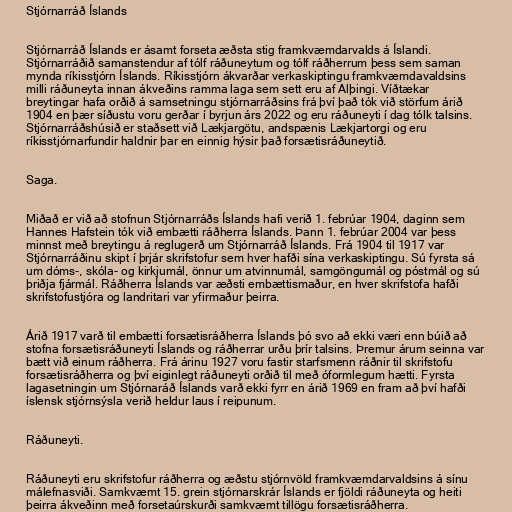
Stjórnarráð Íslands

Stjórnarráð Íslands er ásamt forseta æðsta stig framkvæmdarvalds á Íslandi.
Stjórnarráðið samanstendur af tólf ráðuneytum og tólf ráðherrum þess sem saman
mynda ríkisstjórn Íslands. Ríkisstjórn ákvarðar verkaskiptingu framkvæmdavaldsins
milli ráðuneyta innan ákveðins ramma laga sem sett eru af Alþingi. Víðtækar
breytingar hafa orðið á samsetningu stjórnarráðsins frá því það tók við störfum árið
1904 en þær síðustu voru gerðar í byrjun árs 2022 og eru ráðuneyti í dag tólk talsins.
Stjórnarráðshúsið er staðsett við Lækjargötu, andspænis Lækjartorgi og eru
ríkisstjórnarfundir haldnir þar en einnig hýsir það forsætisráðuneytið.

Saga.

Miðað er við að stofnun Stjórnarráðs Íslands hafi verið 1. febrúar 1904, daginn sem
Hannes Hafstein tók við embætti ráðherra Íslands. Þann 1. febrúar 2004 var þess
minnst með breytingu á reglugerð um Stjórnarráð Íslands. Frá 1904 til 1917 var
Stjórnarráðinu skipt í þrjár skrifstofur sem hver hafði sína verkaskiptingu. Sú fyrsta sá
um dóms-, skóla- og kirkjumál, önnur um atvinnumál, samgöngumál og póstmál og sú
þriðja fjármál. Ráðherra Íslands var æðsti embættismaður, en hver skrifstofa hafði
skrifstofustjóra og landritari var yfirmaður þeirra.

Árið 1917 varð til embætti forsætisráðherra Íslands þó svo að ekki væri enn búið að
stofna forsætisráðuneyti Íslands og ráðherrar urðu þrír talsins. Þremur árum seinna var
bætt við einum ráðherra. Frá árinu 1927 voru fastir starfsmenn ráðnir til skrifstofu
forsætisráðherra og því eiginlegt ráðuneyti orðið til með óformlegum hætti. Fyrsta
lagasetningin um Stjórnaráð Íslands varð ekki fyrr en árið 1969 en fram að því hafði
íslensk stjórnsýsla verið heldur laus í reipunum.

Ráðuneyti.

Ráðuneyti eru skrifstofur ráðherra og æðstu stjórnvöld framkvæmdarvaldsins á sínu
málefnasviði. Samkvæmt 15. grein stjórnarskrár Íslands er fjöldi ráðuneyta og heiti
þeirra ákveðinn með forsetaúrskurði samkvæmt tillögu forsætisráðherra.